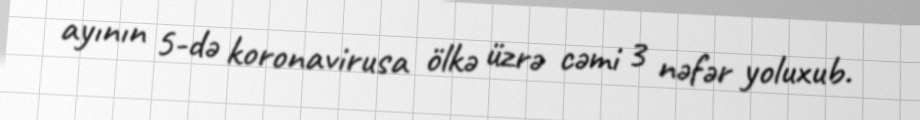
ayının 5-də koronavirusa ölkə üzrə cəmi 3 nəfər yoluxub.